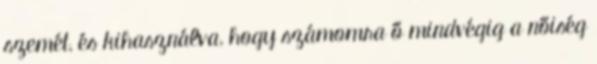
szemét, és kihasználva, hogy számomra ő mindvégig a nőiség